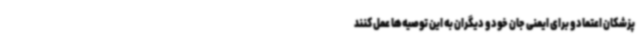
پزشکان اعتماد و برای ایمنی جان خود و دیگران به این توصیه‌ها عمل کنند